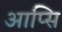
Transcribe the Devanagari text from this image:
आप्सि